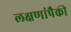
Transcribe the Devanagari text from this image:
लक्षणांपैकी